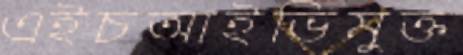
এইচআইভিমুক্ত